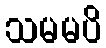
သမမပိ